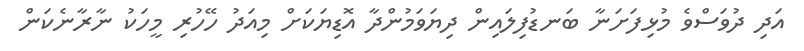
އަދި ދުވަސްވެ މުޅިފަށަނާ ބަނޑުފިލައިން ދިޔަވަމުންދާ އޮޑިޔަކަށް މިއަދު ހޭހުރި މީހަކު ނާރާނެކަން